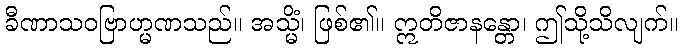
ခီဏာသဝဗြာဟ္မဏသည်။ အသ္မိံ၊ ဖြစ်၏။ ဣတိဇာနန္တော၊ ဤသို့သိလျက်။